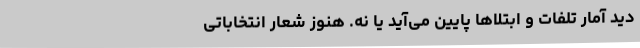
دید آمار تلفات و ابتلاها پایین می‌آید یا نه. هنوز شعار انتخاباتی